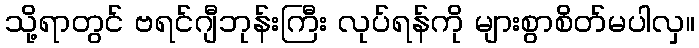
သို့ရာတွင် ဗရင်ဂျီဘုန်းကြီး လုပ်ရန်ကို များစွာစိတ်မပါလှ။